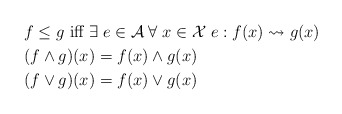
\begin{align*}& f \leq g \mbox{ iff } \exists \; e\in \mathcal{A} \; \forall \; x\in \mathcal{X} \; e:f(x)\leadsto g(x) \\& (f \wedge g)(x) = f(x)\wedge g(x) \\& (f \vee g)(x) = f(x)\vee g(x) \end{align*}